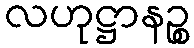
လဟုဋ္ဌာနဉ္စ